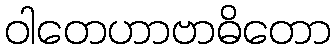
ဝါတေဟာဗာဓိတော